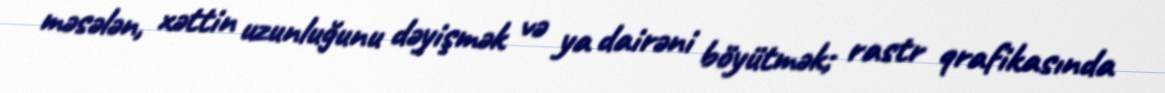
məsələn, xəttin uzunluğunu dəyişmək və ya dairəni böyütmək; rastr qrafikasında